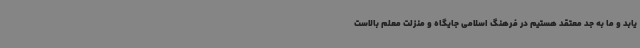
یابد و ما به جد معتقد هستیم در فرهنگ اسلامی جایگاه و منزلت معلم بالاست